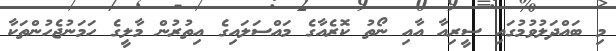
މި ބައްދަލުވުމުގައި ސީރިއާ އާއި ނޯތު ކޮރެއާގެ މައްސަލައިގެ އިތުރުން މާލީގެ ހަމަނުޖެހުންތަކާ